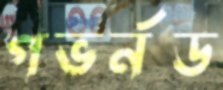
গভর্নড